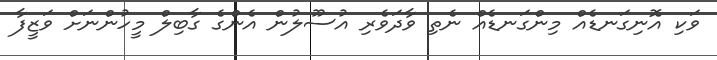
ވަކި އޮނިގަނޑެއް މިންގަނޑެއް ނެތި ވާދަވެރި އުސޫލުން އެންގެ ގާބިލް މީހުންނަށް ވަޒީފާ